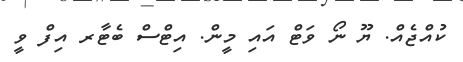
ކުއްޖެއް. ޔޫ ނޯ ވަޓް އައި މީން. އިޓްސް ބެޓާރ އިފް ވީ